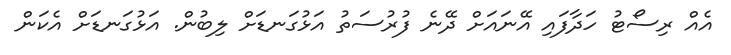
އެއް ރިސޯޓު ހަދާފައި އޭނައަށް ދޭނެ ފުރުސަތު އަޅުގަނޑަށް ލިބުން. އަޅުގަނޑަށް އެކަން